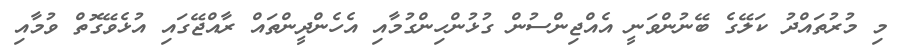
މި މުރުތައްދު ކަލޭގެ ބޭނުންވަނީ އެއްޖިންސުން ގުޅުންހިންގުމާއި އެހެންދީންތައް ރާއްޖޭގައި އުޅެވޭގޮތް ވުމާއި